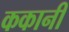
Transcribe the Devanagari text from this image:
ककानी